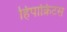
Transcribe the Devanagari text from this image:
हिपाक्रिटस